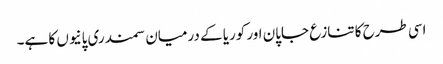
اسی طرح کا تنازع جاپان اور کوریا کے درمیان سمندری پانیوں کا ہے۔